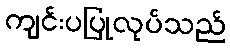
ကျင်းပပြုလုပ်သည်